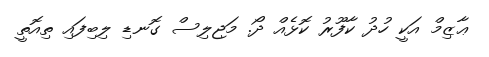
ޢާޒިމް އަކީ ހުދު ކާފޫރު ކޮޅެއް ދޯ. މަޖިލިސް ގޮނޑި ލިބިފައި ތިއޮތީ